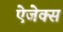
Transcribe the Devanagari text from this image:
ऐजेक्स